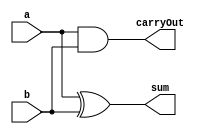
/*
 * Assignment     : 6
 * Problem No.    : 2
 * Semester       : Autumn 2021 
 * Group          : 46
 * Name1          : Neha Dalmia
 * RollNumber1    : 19CS30055
 * Name2          : Rajat Bachhawat
 * RollNumber2    : 19CS10073
 */

`timescale 1ns / 1ps

/*Half-adder*/
module half_adder(
  output sum, carryOut, 	// single bit outputs consisting of sum and carry
  input a, b				// input bits
  );
  
  assign sum = a ^ b;		// sum = a xor b
  assign carryOut = a & b;	// carry =  a and b
endmodule // half_adder

/*Full-adder*/
module full_adder(
  output sum, carryOut,	    // single bit outputs consisting of sum and carry
  input a, b, carryIn       // input bits
  );
  
  wire s1, c1, c2;

  half_adder ha1(.sum(s1), .carryOut(c1), .a(a), .b(b));	
  half_adder ha2(.sum(sum), .carryOut(c2), .a(s1), .b(carryIn));
  assign carryOut = c1 | c2;  // sum and carryOut wires  contain the sum and carry
endmodule // full_adder

/*2-1 MUX*/
module mux21(
    input D0, D1, S,                    // inputs
    output reg Y                        // output
    );

    always @(*) begin
        if(S) begin
            Y <= D1;
        end
        else begin
            Y <= D0;
        end
    end

endmodule // mux21

/*D Flip-Flop, +ve edge triggered, with async reset*/
module dff( 
    input CLK, D, RST,                  //inputs
    output reg Q                        //outputs
    );

    always @(posedge CLK) begin
        if(RST) begin
            Q <= 1'b0;                  // Sync reset, resets Q to 0
        end
        else begin
            Q <= D;                     // Q <- D  on clock +ve edge
        end
    end
    
endmodule // dff

/*8-bit Parallel Load Shift Register*/
module shiftReg_parallel_load_8bit(
    input [7:0] A,				        // 8-bit input
	input select, RST, CLK,			    // Control signals
	output O 					        // Current MSB of the input
    );

	wire [7:1] Q;				        // M represents wire going from MUX to D-FF & Q is output of D-FF
    wire [6:0] M;

    dff d0(CLK, A[7], RST, Q[7]);       // DFF for the LSB

    generate
        genvar i;
        for(i = 6; i >= 1; i = i - 1) begin: gen_mux_dff   // Cascading the DFFs bits 1 to 6
            mux21 mx(A[i], Q[i+1], select, M[i]);    
	        dff di(CLK, M[i], RST, Q[i]);
        end
    endgenerate

    mux21 mx(A[0], Q[1], select, M[0]);    
    dff di(CLK, M[0], RST, O);   // DFF for the LSB
endmodule // shiftReg_parallel_load_8bit

/*8-bit Shift Register*/
module shiftReg_8bit(
    input a,				            // 1-bit input
	input RST, CLK,			            // *usual meanings*
	output [7:0] O 					    // Output bits (Qs of the DFFs)
    );
   
    dff d0(CLK, a, RST, O[7]);          // DFF for the LSB

    generate
        genvar i;
        for(i = 6; i >= 0; i = i - 1) begin: gen_mux_dff   // Cascading the DFFs bits 0 to 6
	        dff di(CLK, O[i+1], RST, O[i]);
        end
    endgenerate

endmodule // shiftReg_8bit

/*8-bit Bit-Serial Adder*/
module bit_serial_adder(
    input [7:0] A, B,
    input CLK, RST, select,
    output [7:0] S,
    output LSB_A, LSB_B
    );
    wire D, Q, sum;
    // Appropriate module instantiations as per circuit
    shiftReg_parallel_load_8bit inputA(
        .A(A),
        .select(select),
        .RST(RST),
        .CLK(CLK),
        .O(LSB_A)
    );
    shiftReg_parallel_load_8bit inputB(
        .A(B),
        .select(select),
        .RST(RST),
        .CLK(CLK),
        .O(LSB_B)
    );
    dff carryFF(
        .CLK(CLK),
        .RST(RST),
        .D(D),
        .Q(Q)
    );
    full_adder fa(
        .a(LSB_A),
        .b(LSB_B),
        .carryIn(Q),
        .sum(sum),
        .carryOut(D)
    );
    shiftReg_8bit outputS(
        .a(sum),
        .RST(RST),
        .CLK(CLK),
        .O(S)
    );
endmodule // bit_serial_adder